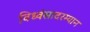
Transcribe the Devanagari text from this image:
विध्वंसादरम्यान